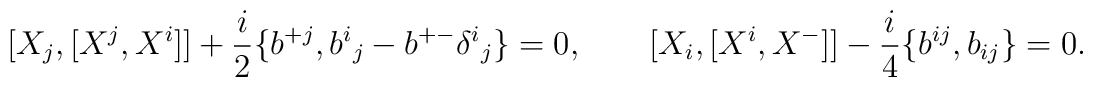
[X_{j},[X^{j},X^{i}]] + {i\over 2}\{b^{+j},b^{i}{}_{j} - b^{+-}\delta^{i}{}_{j}\}=0,\qquad [X_{i},[X^{i},X^{-}]] - {i\over 4} \{b^{ij},b_{ij}\} =0.